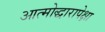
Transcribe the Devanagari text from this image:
आत्मोद्धारापेक्षा